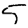
Digit: 5